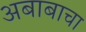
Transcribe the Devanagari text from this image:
अबाबाचा